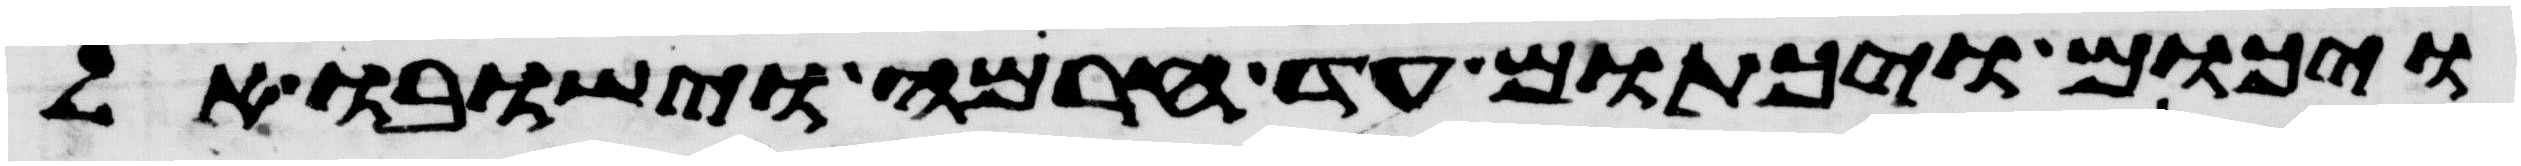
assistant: ויכום ויכתום עד חרמה וישבו אל